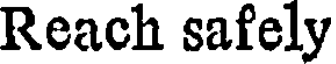
Reach safely